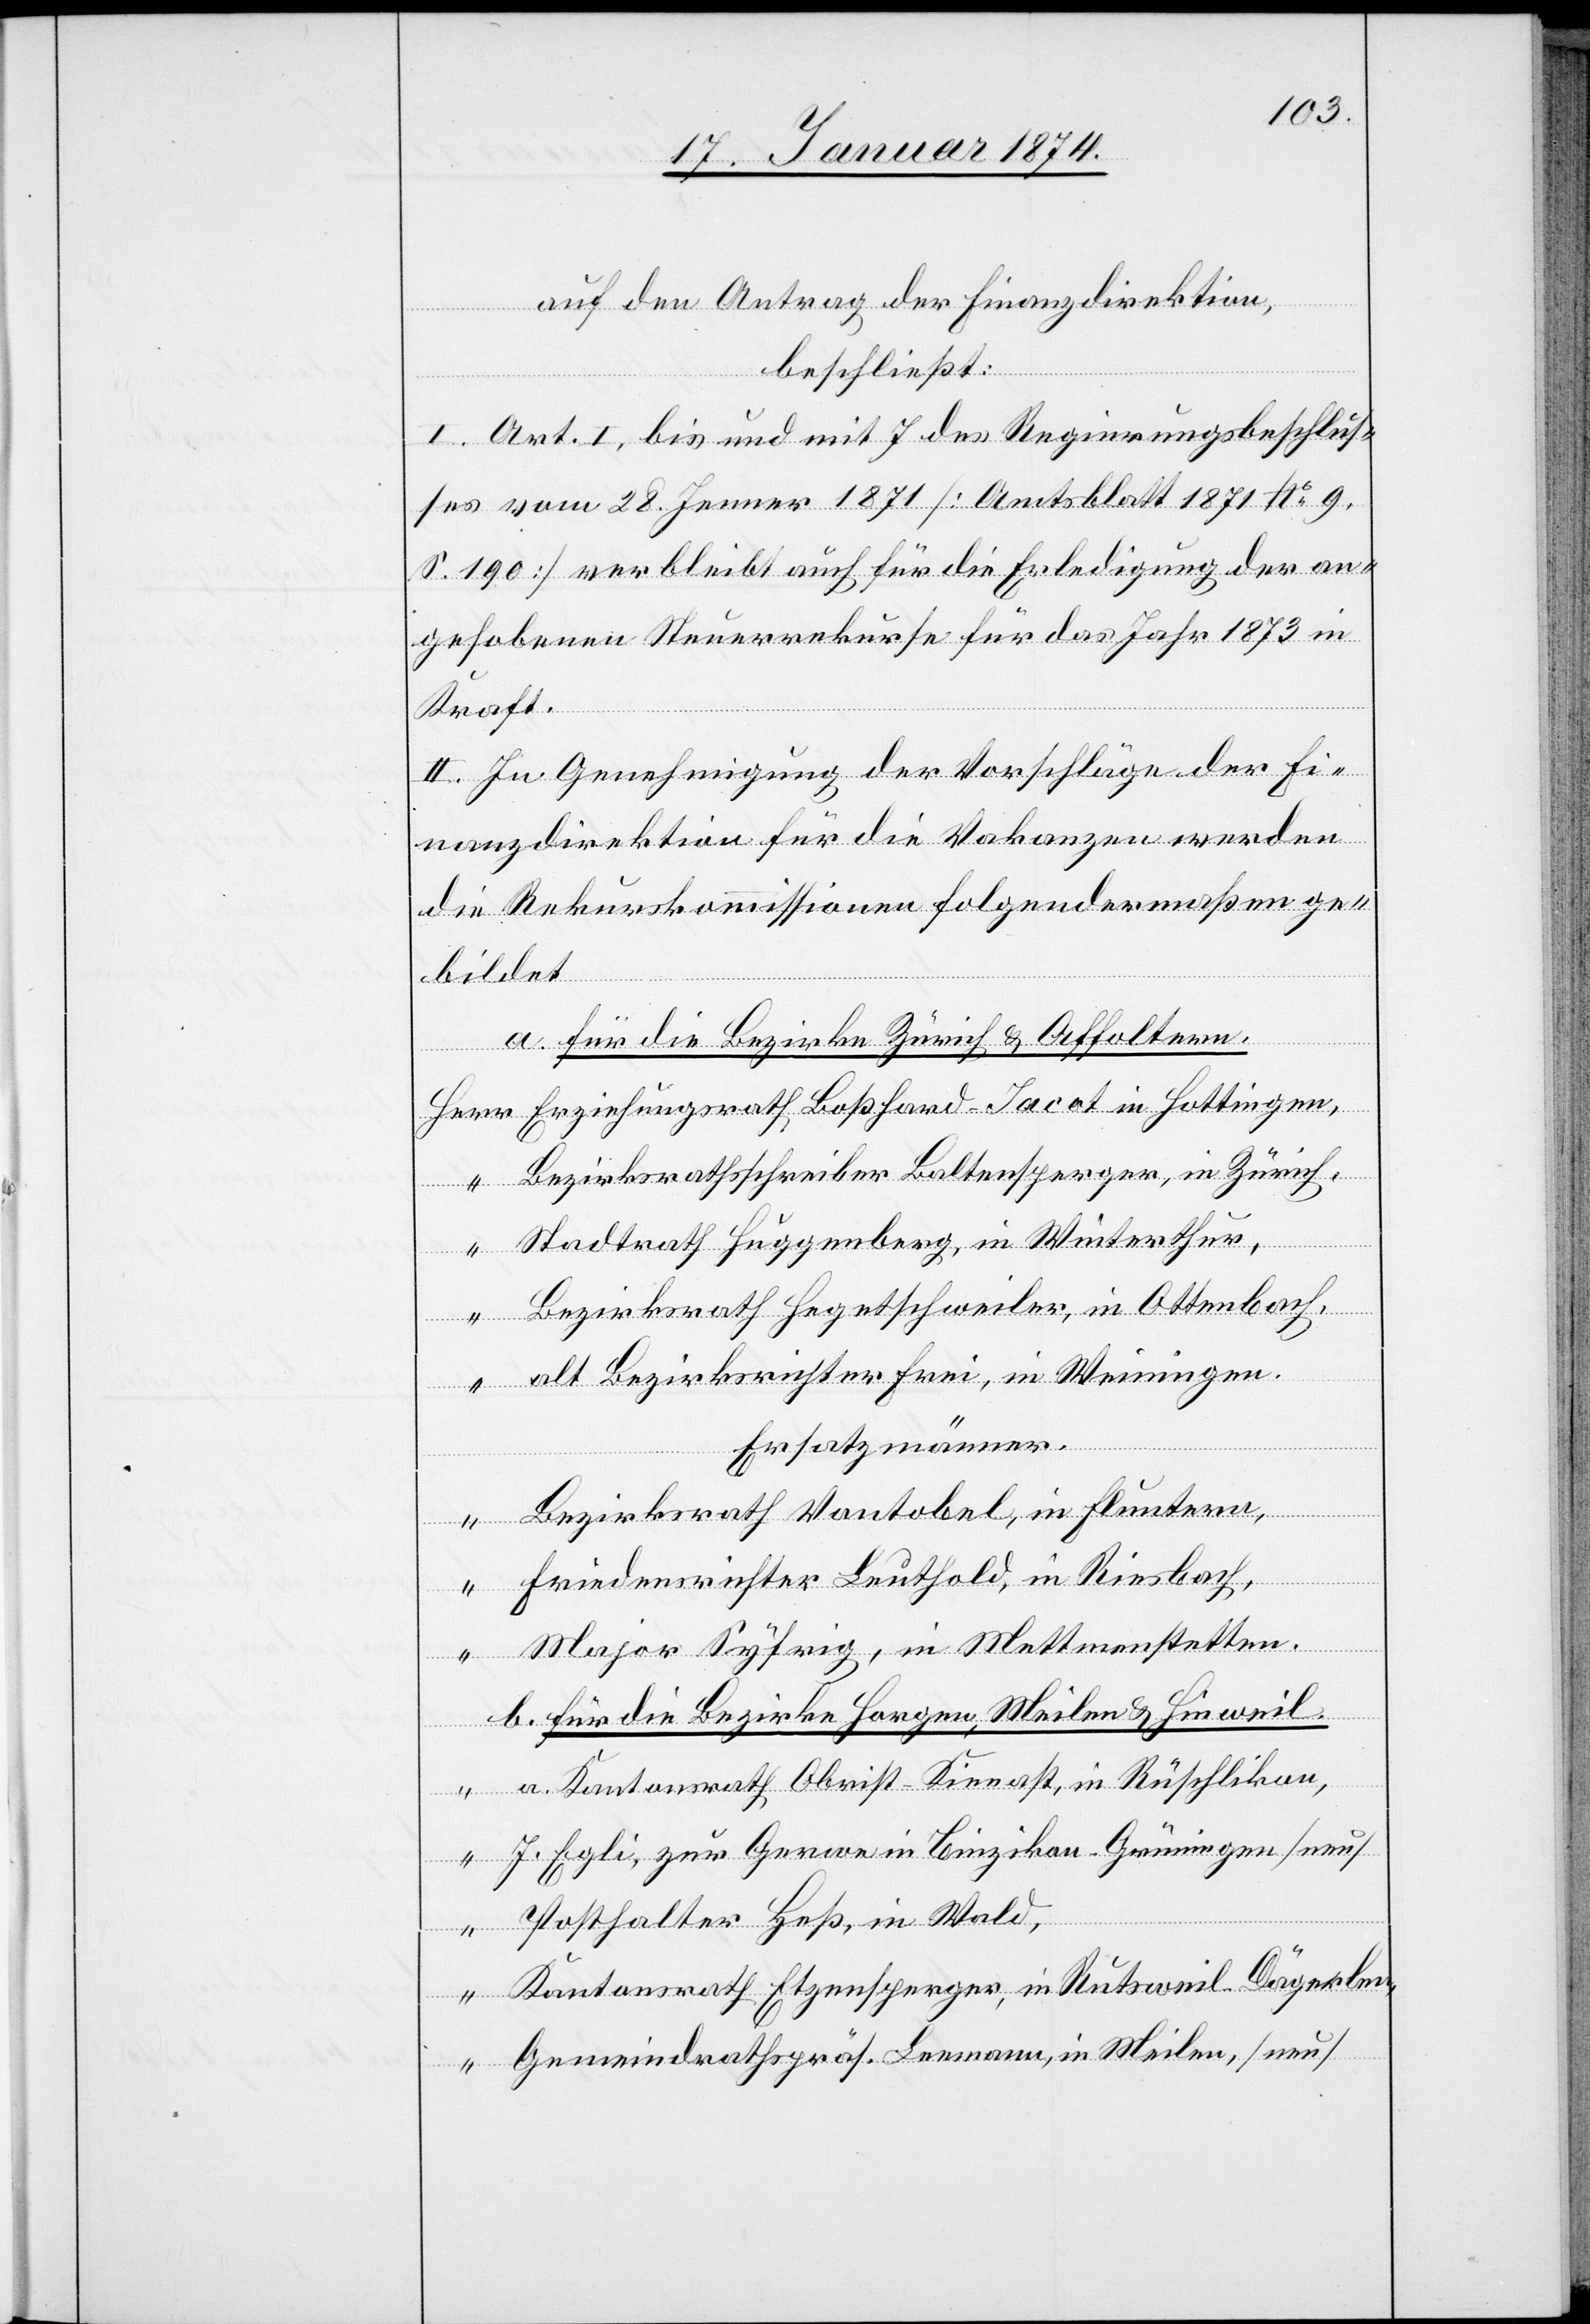
auf den Antrag der Finanzdirektion,
beschließt:
1. Art. I. bis und mit 7 des Regierungsbeschlus¬
ses vom 28. Jenner 1871 [Amtsblatt 1871 No 9,
S. 190] verbleibt auch für die Erledigung der an¬
gehobenen Steuerrekurse für das Jahr 1873 in
Kraft.
II. In Genehmigung der Vorschläge der Fi¬
nanzdirektion für die Vakanzen werden
die Rekurskommissionen folgendermaßen ge¬
bildet
a. für die Bezirke Zürich & Affoltern.
Herr Erziehungsrath Boßhard-Jacot in Hottingen,
“ Bezirksrathsschreiber Baltensperger, in Zürich,
“ Stadtrath Huggenberg, in Winterthur,
“ Bezirksrath Hegetschweiler, in Ottenbach,
“ alt Bezirksrichter Frei, in Weiningen.
Ersatzmänner.
“ Bezirksrath Vontobel, in Fluntern,
“ Friedensrichter Leuthold, in Riesbach,
“ Major Syfrig, in Mettmenstetten.
b. für die Bezirke Horgen, Meilen & Hinweil.
“ a. Kantonsrath Obrist-Finnast, in Rüschlikon,
“ J. Egli, zur Gerwe in Binzikon-Grüningen [neu]
“ Posthalter Heß, in Wald,
“ Kantonsrath Etzensperger in Ruts[ch]weil-Dägerlen,
“ Gemeindrathspräs. Leemann, in Meilen, [neu]